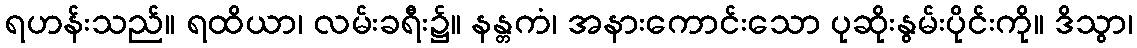
ရဟန်းသည်။ ရထိယာ၊ လမ်းခရီး၌။ နန္တကံ၊ အနားကောင်းသော ပုဆိုးနွမ်းပိုင်းကို။ ဒိသွာ၊